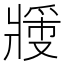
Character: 𬌉